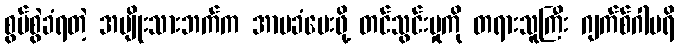
စွပ်စွဲခံရတဲ့ အမျိုးသားဘက်က အာမခံပေးဖို့ တင်သွင်းမှုကို တရားသူကြီး ဂျက်စ်ဂါပရိ